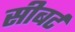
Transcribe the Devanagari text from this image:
सीबर्ट